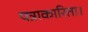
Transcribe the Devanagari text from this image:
पत्राकारिता।